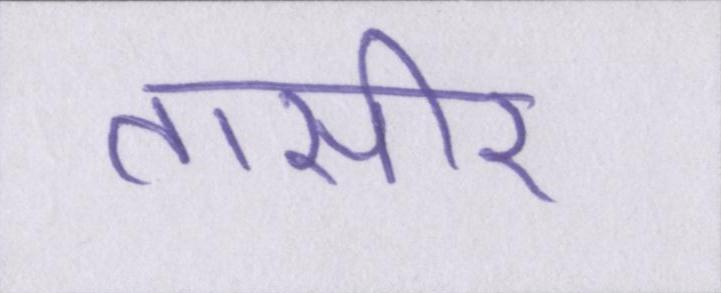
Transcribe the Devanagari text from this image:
तासीर